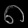
Digit: ၈